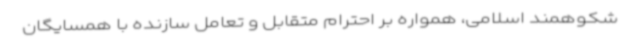
شکوهمند اسلامی، همواره بر احترام متقابل و تعامل سازنده با همسایگان